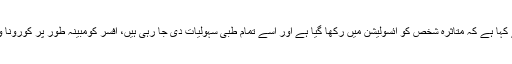
ترجمان پیٹرولیم ڈویژن نے کہا ہے کہ متاثرہ شخص کو آئسولیشن میں رکھا گیا ہے اور اسے تمام طبی سہولیات دی جا رہی ہیں، افسر کومبینہ طور پر کورونا وائرس اسکے گھر سے ہوا۔